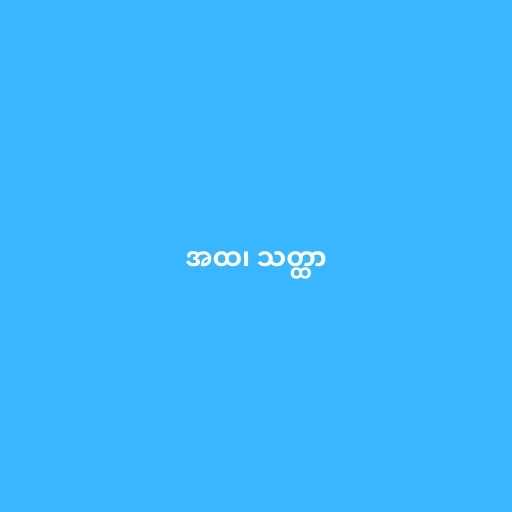
အထ၊ သတ္ထာ